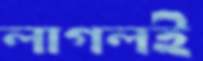
লাগলই